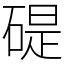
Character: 碮